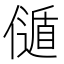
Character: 𠎻